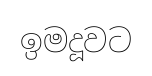
ඉමදූවට